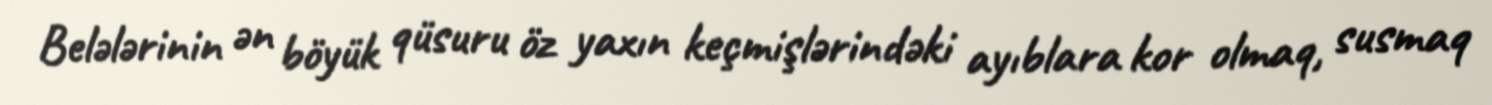
Belələrinin ən böyük qüsuru öz yaxın keçmişlərindəki ayıblara kor olmaq, susmaq